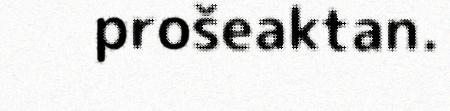
prošeaktan.